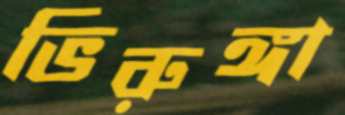
ভিরুঙ্গা